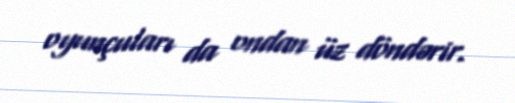
oyunçuları da ondan üz döndərir.